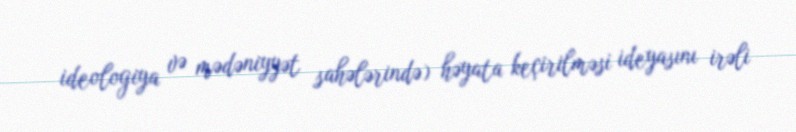
ideologiya və mədəniyyət sahələrində) həyata keçirilməsi ideyasını irəli